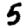
Digit: 5